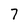
Character: 7